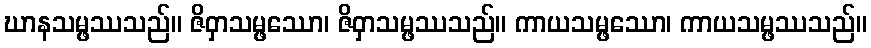
ဃာနသမ္ဖဿသည်။ ဇိဝှာသမ္ဖဿော၊ ဇိဝှာသမ္ဖဿသည်။ ကာယသမ္ဖဿော၊ ကာယသမ္ဖဿသည်။